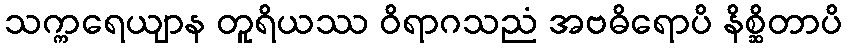
သက္ကရေယျာန တူရိယဿ ဝိရာဂသညံ အဗဓိရောပိ နိစ္ဆိတာပိ